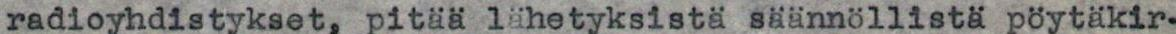
radioyhdistykset, pitää lähetyksistä säännöllistä pöytäkir-